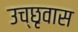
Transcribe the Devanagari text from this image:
उच्छृवास